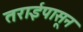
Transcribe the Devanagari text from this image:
तराईपासून